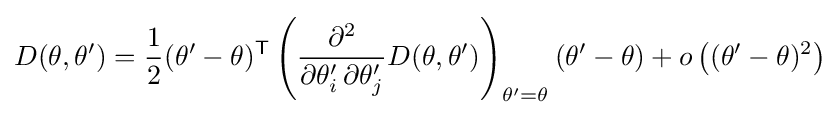
D(\theta ,\theta ')={\frac {1}{2}}(\theta '-\theta )^{\textsf {T}}\left({\frac {\partial ^{2}}{\partial \theta '_{i}\,\partial \theta '_{j}}}D(\theta ,\theta ')\right)_{\theta '=\theta }(\theta '-\theta )+o\left((\theta '-\theta )^{2}\right)